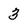
Character: 3